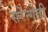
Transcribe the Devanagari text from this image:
सरेन्गेती